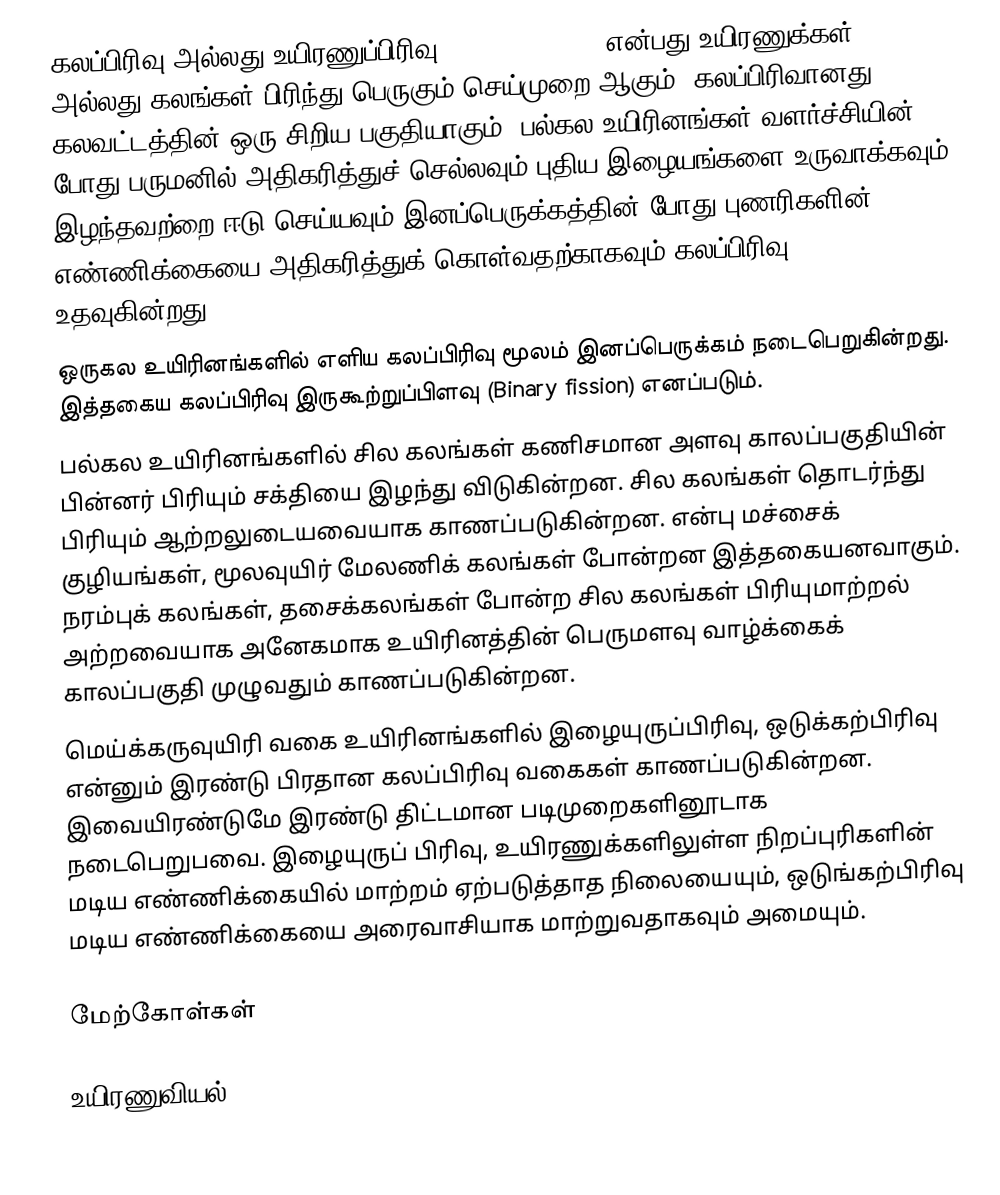
கலப்பிரிவு அல்லது உயிரணுப்பிரிவு (cell division) என்பது உயிரணுக்கள் அல்லது கலங்கள் பிரிந்து பெருகும் செய்முறை ஆகும். கலப்பிரிவானது கலவட்டத்தின் ஒரு சிறிய பகுதியாகும். பல்கல உயிரினங்கள் வளர்ச்சியின் போது பருமனில் அதிகரித்துச் செல்லவும் புதிய இழையங்களை உருவாக்கவும் இழந்தவற்றை ஈடு செய்யவும் இனப்பெருக்கத்தின் போது புணரிகளின் எண்ணிக்கையை அதிகரித்துக் கொள்வதற்காகவும் கலப்பிரிவு உதவுகின்றது.
ஒருகல உயிரினங்களில் எளிய கலப்பிரிவு மூலம் இனப்பெருக்கம் நடைபெறுகின்றது. இத்தகைய கலப்பிரிவு இருகூற்றுப்பிளவு (Binary fission) எனப்படும்.
பல்கல உயிரினங்களில் சில கலங்கள் கணிசமான அளவு காலப்பகுதியின் பின்னர் பிரியும் சக்தியை இழந்து விடுகின்றன. சில கலங்கள் தொடர்ந்து பிரியும் ஆற்றலுடையவையாக காணப்படுகின்றன. என்பு மச்சைக் குழியங்கள், மூலவுயிர் மேலணிக் கலங்கள் போன்றன இத்தகையனவாகும். நரம்புக் கலங்கள், தசைக்கலங்கள் போன்ற சில கலங்கள் பிரியுமாற்றல் அற்றவையாக அனேகமாக உயிரினத்தின் பெருமளவு வாழ்க்கைக் காலப்பகுதி முழுவதும் காணப்படுகின்றன.
மெய்க்கருவுயிரி வகை உயிரினங்களில் இழையுருப்பிரிவு, ஒடுக்கற்பிரிவு என்னும் இரண்டு பிரதான கலப்பிரிவு வகைகள் காணப்படுகின்றன. இவையிரண்டுமே இரண்டு தி்ட்டமான படிமுறைகளினூடாக நடைபெறுபவை. இழையுருப் பிரிவு, உயிரணுக்களிலுள்ள நிறப்புரிகளின் மடிய எண்ணிக்கையில்  மாற்றம் ஏற்படுத்தாத நிலையையும், ஒடுங்கற்பிரிவு மடிய எண்ணிக்கையை அரைவாசியாக மாற்றுவதாகவும் அமையும்.

மேற்கோள்கள்

உயிரணுவியல்